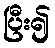
ပြီး၍